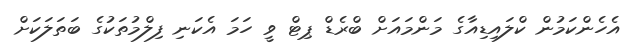
އެހެންކަމުން ކްލައިޑިއާގެ މަންމައަށް ބްރެޑް ޕިޓް ވީ ހަމަ އެކަނި ފިލްމުތަކުގެ ބަތަލަކަށް